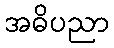
အဓိပညာ